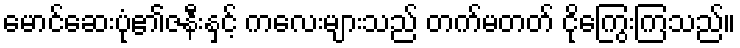
မောင်ဆေးပုံ၏ဇနီးနှင့် ကလေးများသည် တက်မတတ် ငိုကြွေးကြသည်။